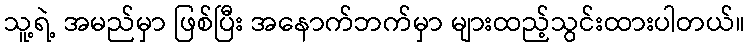
သူ့ရဲ့ အမည်မှာ ဖြစ်ပြီး အနောက်ဘက်မှာ များထည့်သွင်းထားပါတယ်။